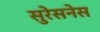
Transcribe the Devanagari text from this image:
सुरेसनेस